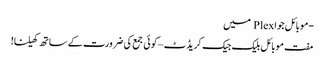
-موبائل جوا Plex میں
مفت موبائل بلیک جیک کریڈٹ – کوئی جمع کی ضرورت کے ساتھ کھیلنا!